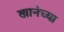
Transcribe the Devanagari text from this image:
खानंच्या